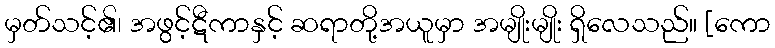
မှတ်သင့်၏၊ အဖွင့်ဋီကာနှင့် ဆရာတို့အယူမှာ အမျိုးမျိုး ရှိလေသည်။ [ကော